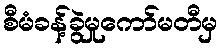
စီမံခန့်ခွဲမှုကော်မတီမှ